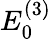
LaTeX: E_{0}^{(3)}